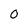
Character: 0